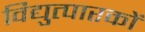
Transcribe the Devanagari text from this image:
विद्युत्पारकों